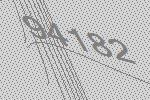
94182